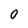
Character: O